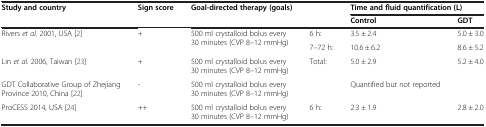
<table><thead><tr><td><b>Study and country</b></td><td><b>Sign score</b></td><td><b>Goal-directed therapy (goals)</b></td><td></td><td colspan="2"><b>Time and fluid quantification (L)</b></td></tr><tr><td></td><td></td><td></td><td></td><td><b>Control</b></td><td><b>GDT</b></td></tr></thead><tbody><tr><td rowspan="2">Rivers <i>et al</i>. 2001, USA [2]</td><td rowspan="2">+</td><td rowspan="2">500 ml crystalloid bolus every 30 minutes (CVP 8–12 mmHg)</td><td>6 h:</td><td>3.5 ± 2.4</td><td>5.0 ± 3.0</td></tr><tr><td>7–72 h:</td><td>10.6 ± 6.2</td><td>8.6 ± 5.2</td></tr><tr><td>Lin <i>et al</i>. 2006, Taiwan [23]</td><td>+</td><td>500 ml crystalloid bolus every 30 minutes (CVP 8–12 mmHg)</td><td>Total:</td><td>5.0 ± 2.9</td><td>5.2 ± 4.0</td></tr><tr><td>GDT Collaborative Group of Zhejiang Province 2010, China [22]</td><td>-</td><td>500 ml crystalloid bolus every 30 minutes (CVP 8–12 mmHg)</td><td></td><td>Quantified but not reported</td><td></td></tr><tr><td>ProCESS 2014, USA [24]</td><td>++</td><td>500 ml crystalloid bolus every 30 minutes (CVP 8–12 mmHg)</td><td>6 h:</td><td>2.3 ± 1.9</td><td>2.8 ± 2.0</td></tr></tbody></table>